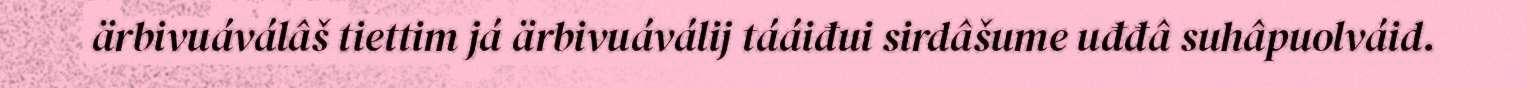
ärbivuáválâš tiettim já ärbivuáválij tááiđui sirdâšume uđđâ suhâpuolváid.